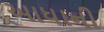
આધાની